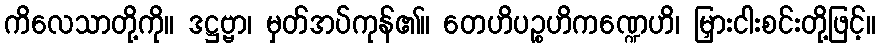
ကိလေသာတို့ကို။ ဒဋ္ဌဗ္ဗာ၊ မှတ်အပ်ကုန်၏။ တေဟိပဉ္စဟိကဏ္ဍေဟိ၊ မြှားငါးစင်းတို့ဖြင့်။